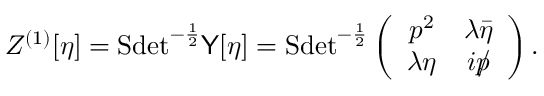
Z ^ { ( 1 ) } [ \eta ] = \mathrm { S d e t } ^ { - \frac 1 2 } { \sf Y } [ \eta ] = \mathrm { S d e t } ^ { - \frac 1 2 } \left( \begin{array} { c c } { { p ^ { 2 } } } & { { \lambda \bar { \eta } } } \\ { { \lambda \eta } } & { { i p \llap / } } \end{array} \right) .